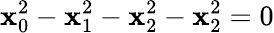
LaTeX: \mathbf{x}_{0}^{2}-\mathbf{x}_{1}^{2}-\mathbf{x}_{2}^{2}-\mathbf{x}_{2}^{2}=0